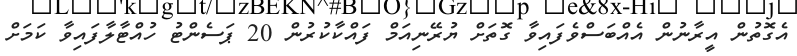
އެގޮތުން އީރާނުން އެއްބަސްވެފައިވާ ގޮތަށް ޔުރޭނިއަމް ފައްކާކުރުން 20 ޕަސެންޓު ހުއްޓާލާފައިވާ ކަމަށް